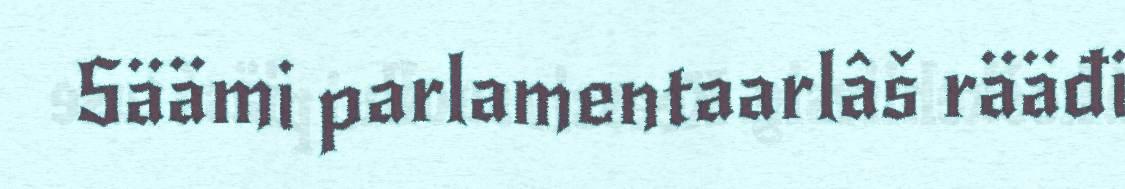
Säämi parlamentaarlâš rääđi